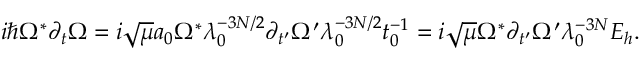
\begin{array} { r } { i \hbar \Omega ^ { * } \partial _ { t } \Omega = i \sqrt { \mu } a _ { 0 } \Omega ^ { * } \lambda _ { 0 } ^ { - 3 N / 2 } \partial _ { t ^ { \prime } } \Omega ^ { \prime } \lambda _ { 0 } ^ { - 3 N / 2 } t _ { 0 } ^ { - 1 } = i \sqrt { \mu } \Omega ^ { * } \partial _ { t ^ { \prime } } \Omega ^ { \prime } \lambda _ { 0 } ^ { - 3 N } E _ { h } . } \end{array}